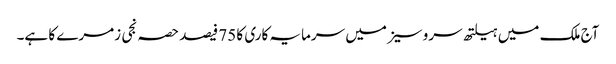
آج ملک میں ہیلتھ سروسیز میں سرمایہ کاری کا 75 فیصد حصہ نجی زمرے کا ہے۔